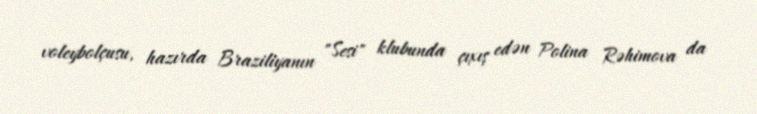
voleybolçusu, hazırda Braziliyanın "Sesi" klubunda çıxış edən Polina Rəhimova da